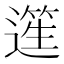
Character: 𨖬